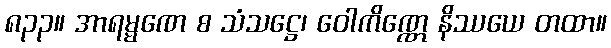
၈၃၃။ အာရမ္မဏေ စ သံသဋ္ဌေ၊ ဝေါကိဏ္ဏေ နိဿယေ တထာ။